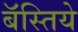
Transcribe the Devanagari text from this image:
बॅस्तिये